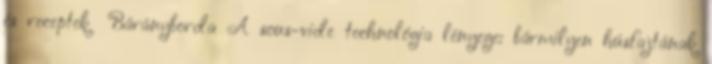
és receptek Bárányborda A sous-vide technológia lényege: bármilyen húsfajtának